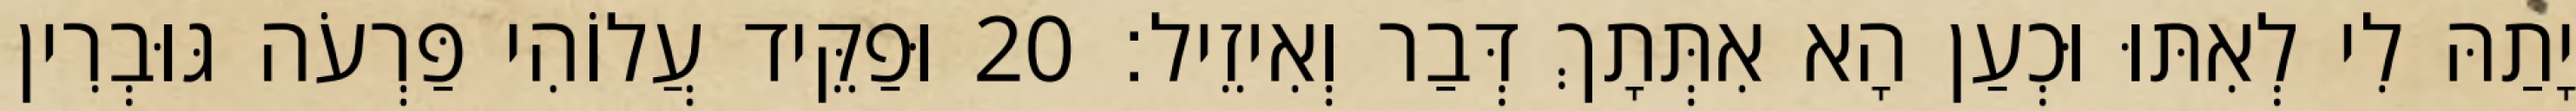
יָתַהּ לִי לְאִתּוּ וּכְעַן הָא אִתְּתָךְ דְּבַר וְאִיזֵיל׃ 20 וּפַקֵּיד עֲלוֹהִי פַּרְעֹה גּוּבְרִין